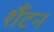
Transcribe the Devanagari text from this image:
शैंटन